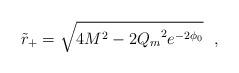
LaTeX: \begin{align*}\tilde{r}_+ = \sqrt{4 M^2 - 2 {Q_m}^2 e^{-2\phi_0}}~~,\end{align*}